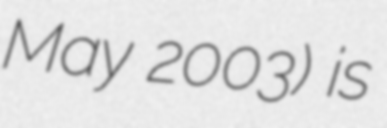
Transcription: May 2003) is